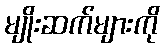
မျိုးဆက်များကို